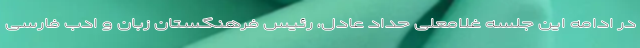
در ادامه این جلسه غلامعلی حداد عادل، رئیس فرهنگستان زبان و ادب فارسی